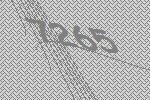
7265